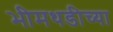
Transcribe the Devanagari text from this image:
भीमथडीच्या